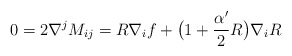
\begin{align*}0=2\nabla^jM_{ij}=R\nabla_if+\big(1+\frac{\alpha'}{2}R\big)\nabla_i R\end{align*}